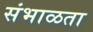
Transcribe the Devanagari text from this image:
संभाळता